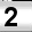
Digit: 2